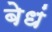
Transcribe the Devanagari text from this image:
बेधं